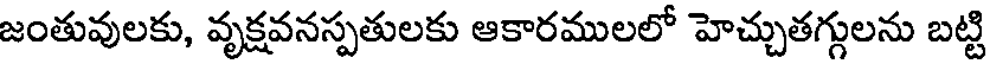
జంతువులకు, వృక్షవనస్పతులకు ఆకారములలో హెచ్చుతగ్గులను బట్టి